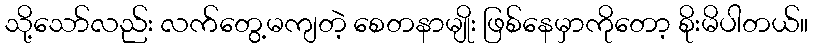
သို့သော်လည်း လက်တွေ့မကျတဲ့ စေတနာမျိုး ဖြစ်နေမှာကိုတော့ စိုးမိပါတယ်။